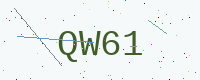
Text: QW61